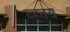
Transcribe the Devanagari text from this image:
व्हतय